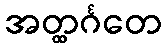
အတ္ထင်္ဂတေ